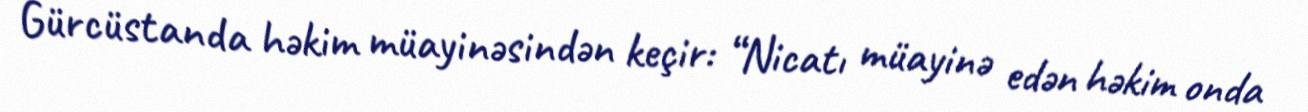
Gürcüstanda həkim müayinəsindən keçir: “Nicatı müayinə edən həkim onda